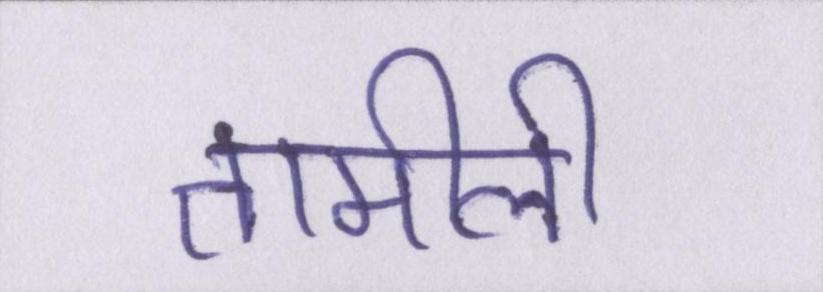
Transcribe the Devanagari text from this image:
तामीली